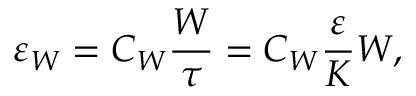
\varepsilon _ { W } = C _ { W } \frac { W } { \tau } = C _ { W } \frac { \varepsilon } { K } W ,